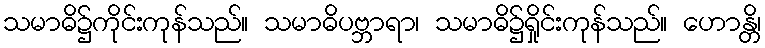
သမာဓိ၌ကိုင်းကုန်သည်။ သမာဓိပဗ္ဘာရာ၊ သမာဓိ၌ရှိုင်းကုန်သည်။ ဟောန္တိ၊